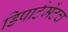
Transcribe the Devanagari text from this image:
डिपार्टमेंटच